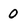
Character: 0